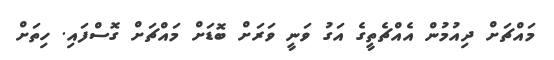
މައްޗަށް ދިއުމުން އެއްޗެތީގެ އަގު ވަނީ ވަރަށް ބޮޑަށް މައްޗަށް ގޮސްފައި. ހިތަށް